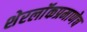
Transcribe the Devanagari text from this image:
शेरलाॅकप्रमाणेच